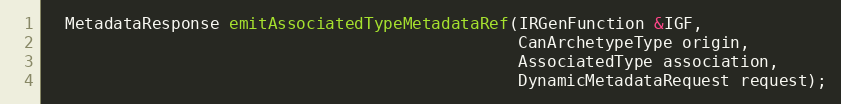
Language: C
  MetadataResponse emitAssociatedTypeMetadataRef(IRGenFunction &IGF,
                                                 CanArchetypeType origin,
                                                 AssociatedType association,
                                                 DynamicMetadataRequest request);